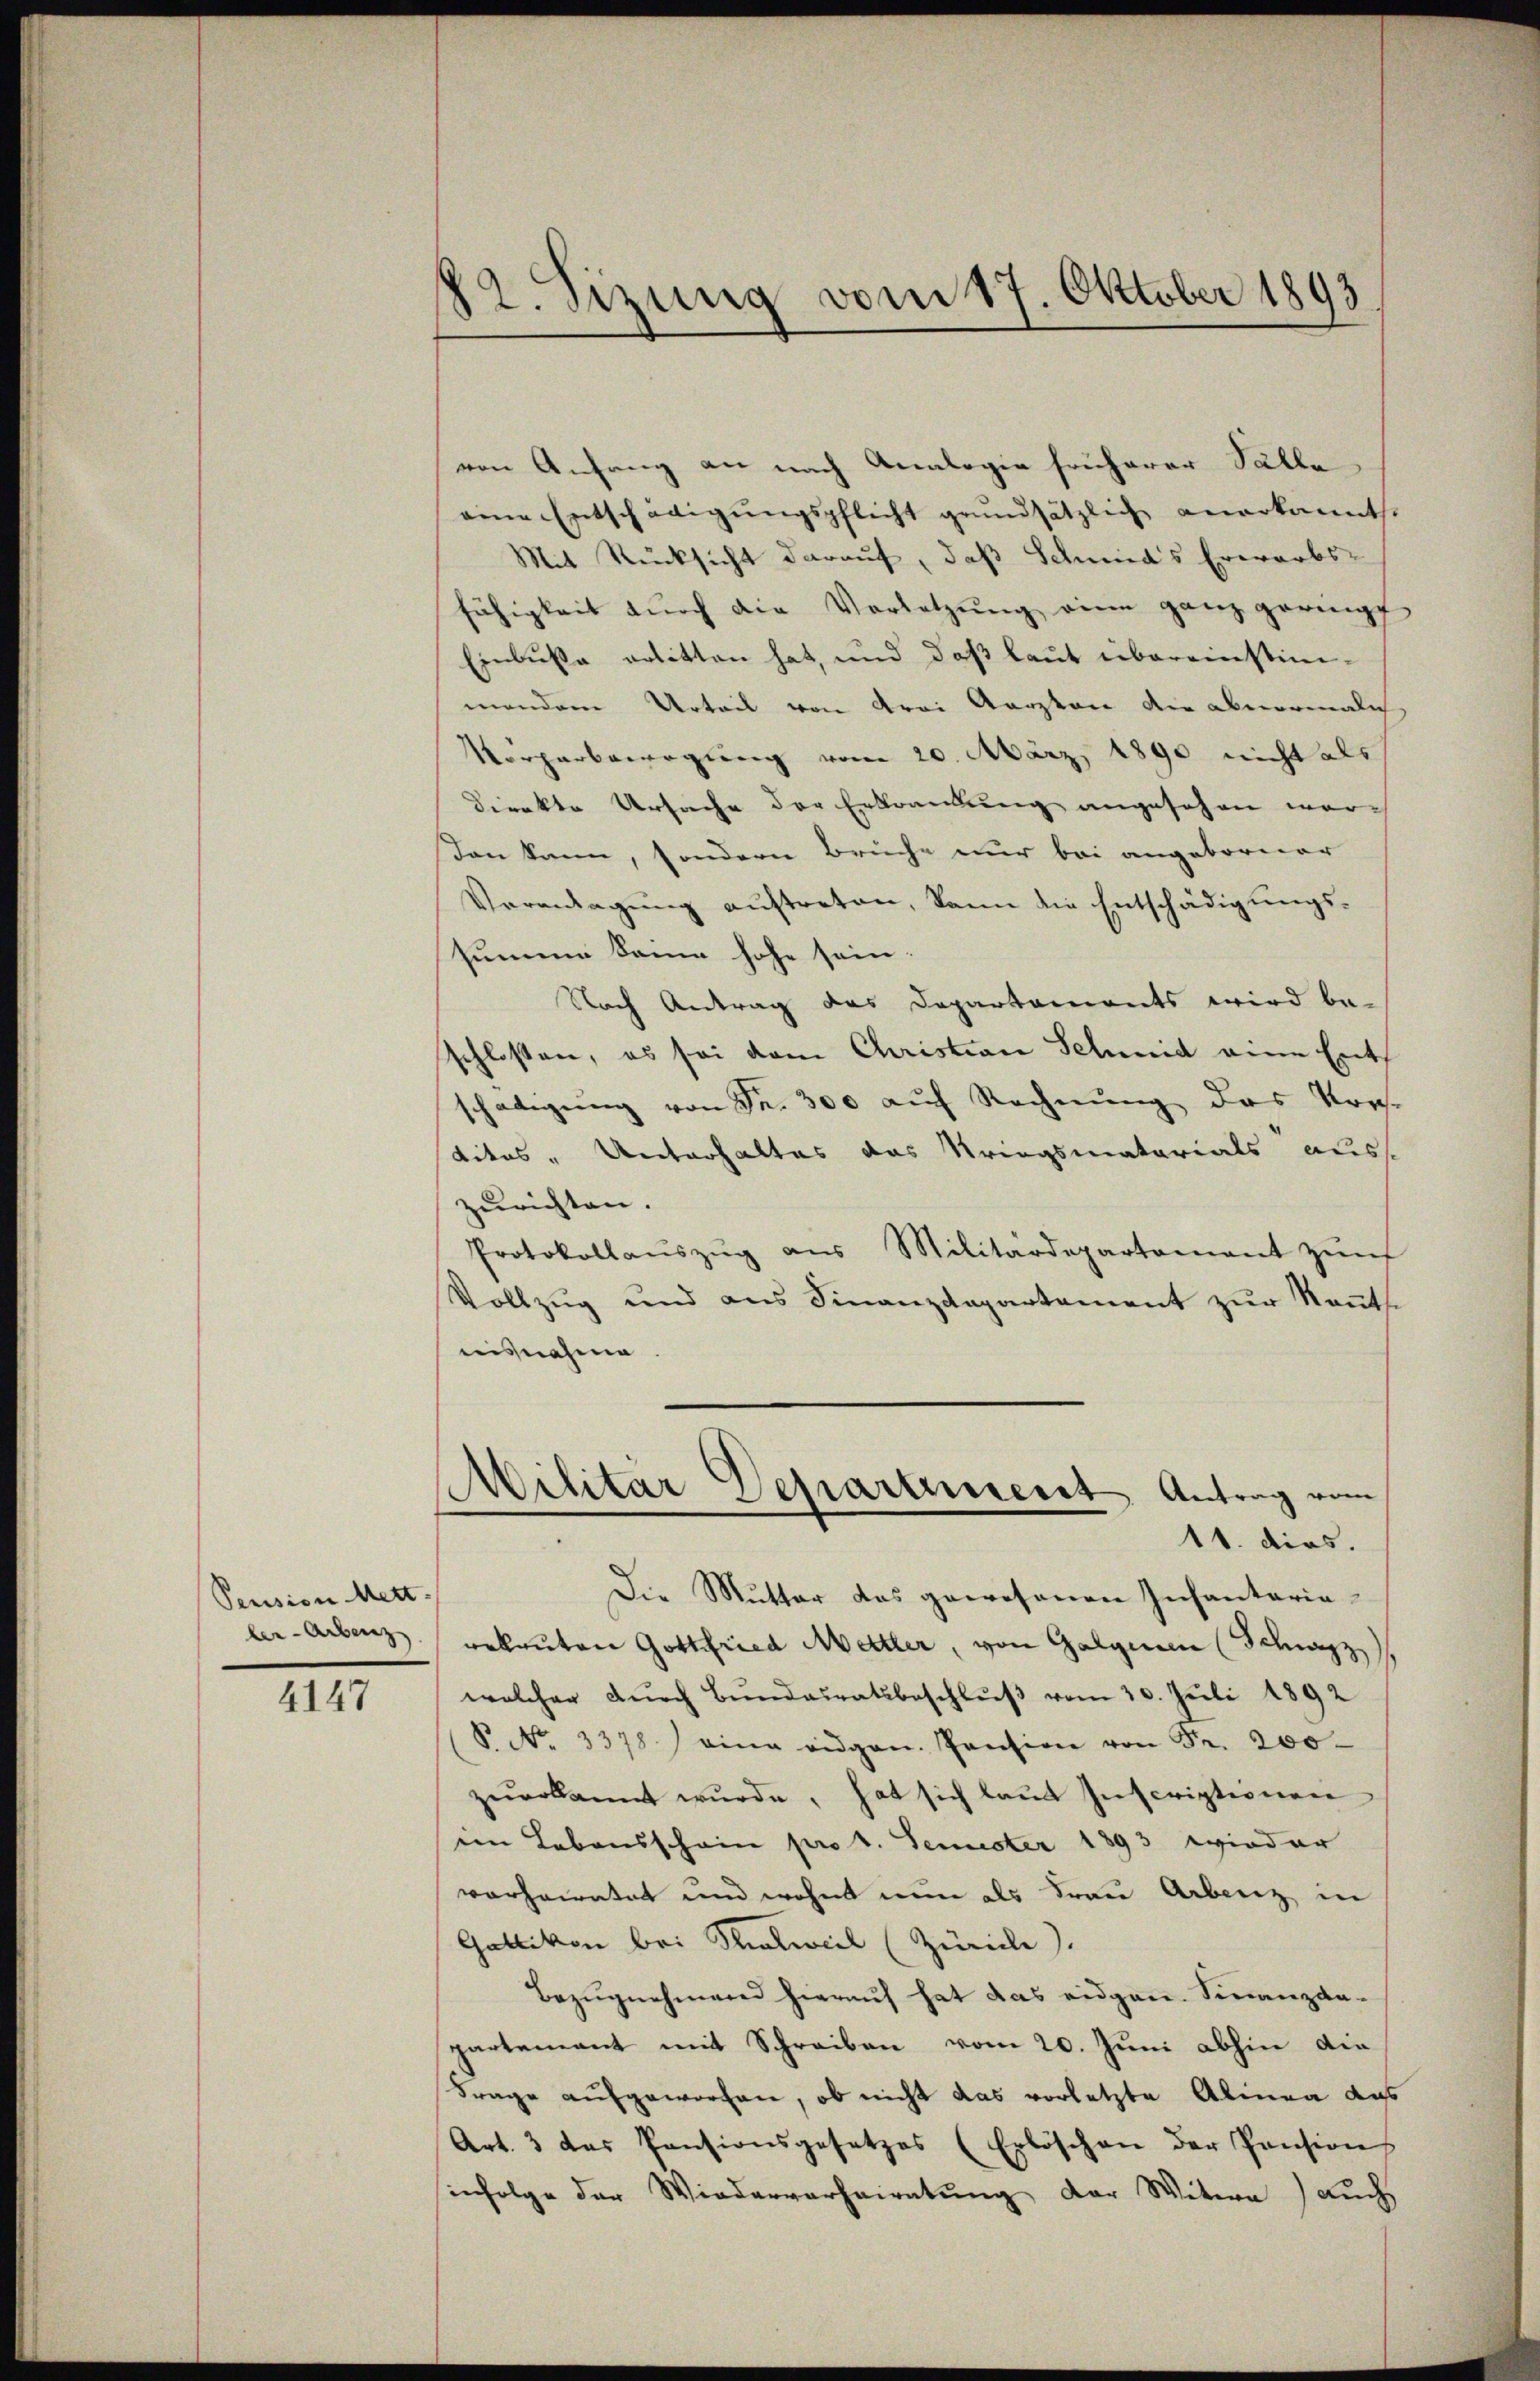
Pension Mett
ber-Arbenz

4147

82. Sizung vom 17. Oktober 1893

von Anfang an nach Analogie früherer Salle
eine Entschädigungspflicht grundsätzlich anerkannt.
Mit Rücksicht darauf, daß Schmid’s Erwarbs-
fähigkeit dŭrch die Vorletzŭng eine ganz geringt
Einbuße erlitten hat, und daß laut übereinstimmendem Urteil von drei Aerzten die abnormalich
Vörperbewegung vom 20. März 1890 nicht als
direkte Ursache der Erkrankung angesehen wor-
don kann, sondern Brüche nur bei angeborner
Vormengung auftreten, kann die Entschädigungssumme Sonne hohe sein
Nach Antrag das Departaments wird be-
schlossen, es sei dem Christian Schmid eine Ent-
schädigŭng von Fr. 300 aŭf Rechnŭng des Kres-
dites - Unterhaltes das Kriegsmatarials auss
zurichten.
Protokollaŭszŭg aŭs Militärdepartament zŭr
Vollzug und ans Finanzdepartement zŭr Keṅts.
nisnahme.
Militar Departinert Antrag vom
11. dies.
Die Mutter das gewesenen Infantaria-
rekruten Gottfried Mettler, von Galgien (Schwyz)
welcher dŭrch Bŭndesratsbeschlŭβ vom 30. Juli 1892
V. No. 3378) eine eidgen. Pension von Fr. 200
zŭerkannt wŭrde, hat sich laŭt Inscriptionen
en Lebensschein pro 1. Semester 1893 wieder
varheiratet und wohnt nun als Frau Arbeiz in
Gattikon bei Thalweil (Zürich).
Bezŭgnehmend hierauf hat das eidgen. Sienanzdapartement mit Schreiben vom 20. Juni abhin die
Frage aufgeworfen, ob nicht das vorletzte Alinea das
Art. 3 das Pensionsgesetzes (Erlöschen der Pension
sinfolge der Wiederverheiratung der Witwe auch